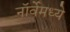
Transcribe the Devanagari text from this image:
नॉर्वेमध्ये